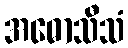
အဓောသီသံ